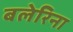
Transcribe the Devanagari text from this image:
बलेरिना